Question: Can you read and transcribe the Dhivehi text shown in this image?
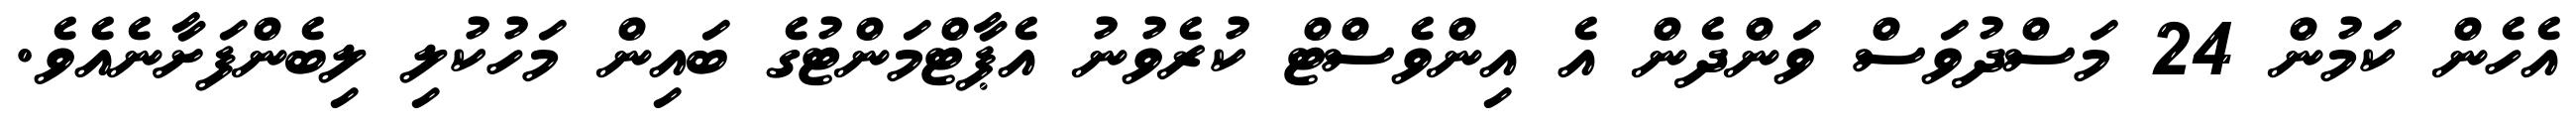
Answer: އެހެން ކަމުން 24 މަސްދުވަސް ވަންދެން އެ އިންވެސްޓް ކުރެވުނު އެޕާޓްމަންޓުގެ ބައިން މަހުކުލި ލިބެންފަށާނެއެވެ.